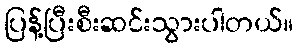
ပြန့်ပြီးစီးဆင်းသွားပါတယ်။